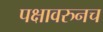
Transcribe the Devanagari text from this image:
पक्षावरुनच